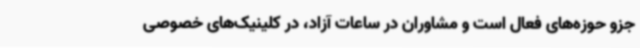
جزو حوزه‌های فعال است و مشاوران در ساعات آزاد، در کلینیک‌های خصوصی